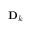
\mathbf { D } _ { k }